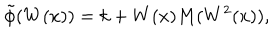
\tilde { \phi } ( W ( x ) ) = k + W ( x ) M ( W ^ { 2 } ( x ) ) ,